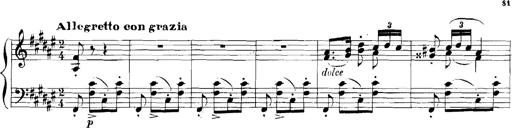
Title: Rhapsodies hongroises
Composer: Franz Liszt